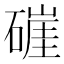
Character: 𰧛